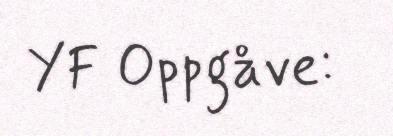
YF Oppgåve: